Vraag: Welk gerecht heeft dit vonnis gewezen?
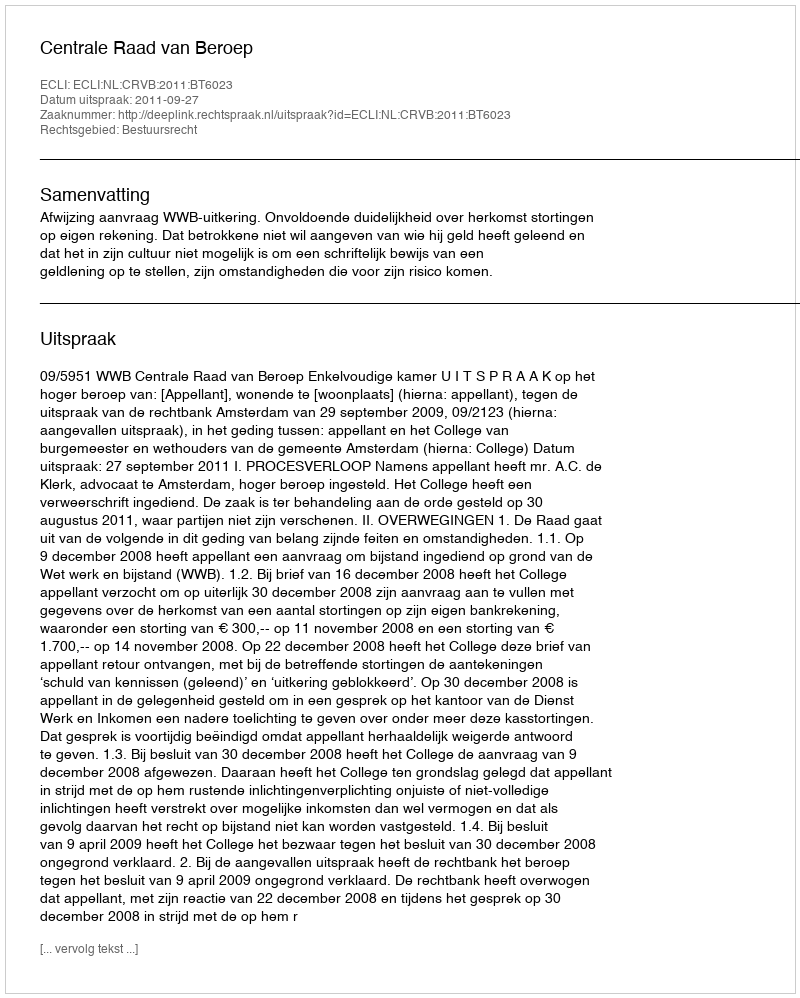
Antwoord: Centrale Raad van Beroep